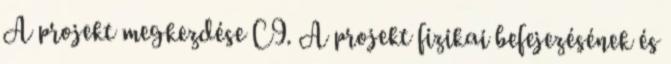
A projekt megkezdése C9. A projekt fizikai befejezésének és